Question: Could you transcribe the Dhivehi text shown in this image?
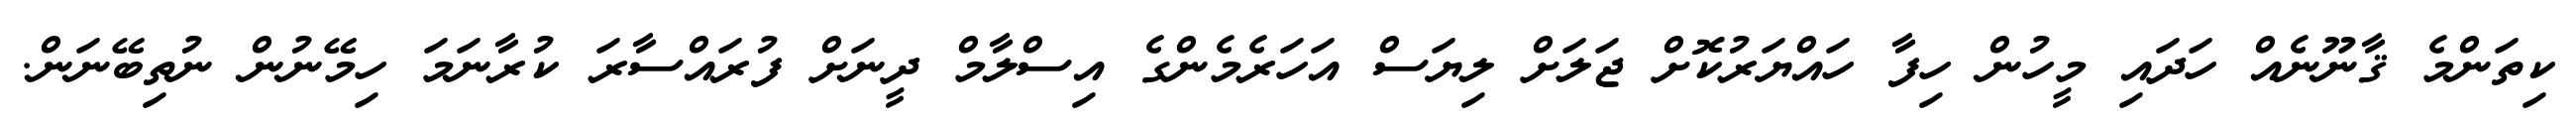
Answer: ކިތަންމެ ޤާނޫނެއް ހަދައި މީހުން ހިފާ ހައްޔަރުކޮށް ޖަލަށް ލިޔަސް އަހަރެމެންގެ އިސްލާމް ދީނަށް ފުރައްސާރަ ކުރާނަމަ ހިމޭނުން ނުތިބޭނަން.